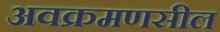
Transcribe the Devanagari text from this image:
अवक्रमणसील